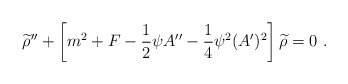
\begin{align*}{\widetilde \rho}^{\prime\prime}+\left[m^2+F-{1\over 2}\psi A^{\prime\prime}-{1\over 4}\psi^2(A^\prime)^2\right]{\widetilde \rho}=0~.\end{align*}